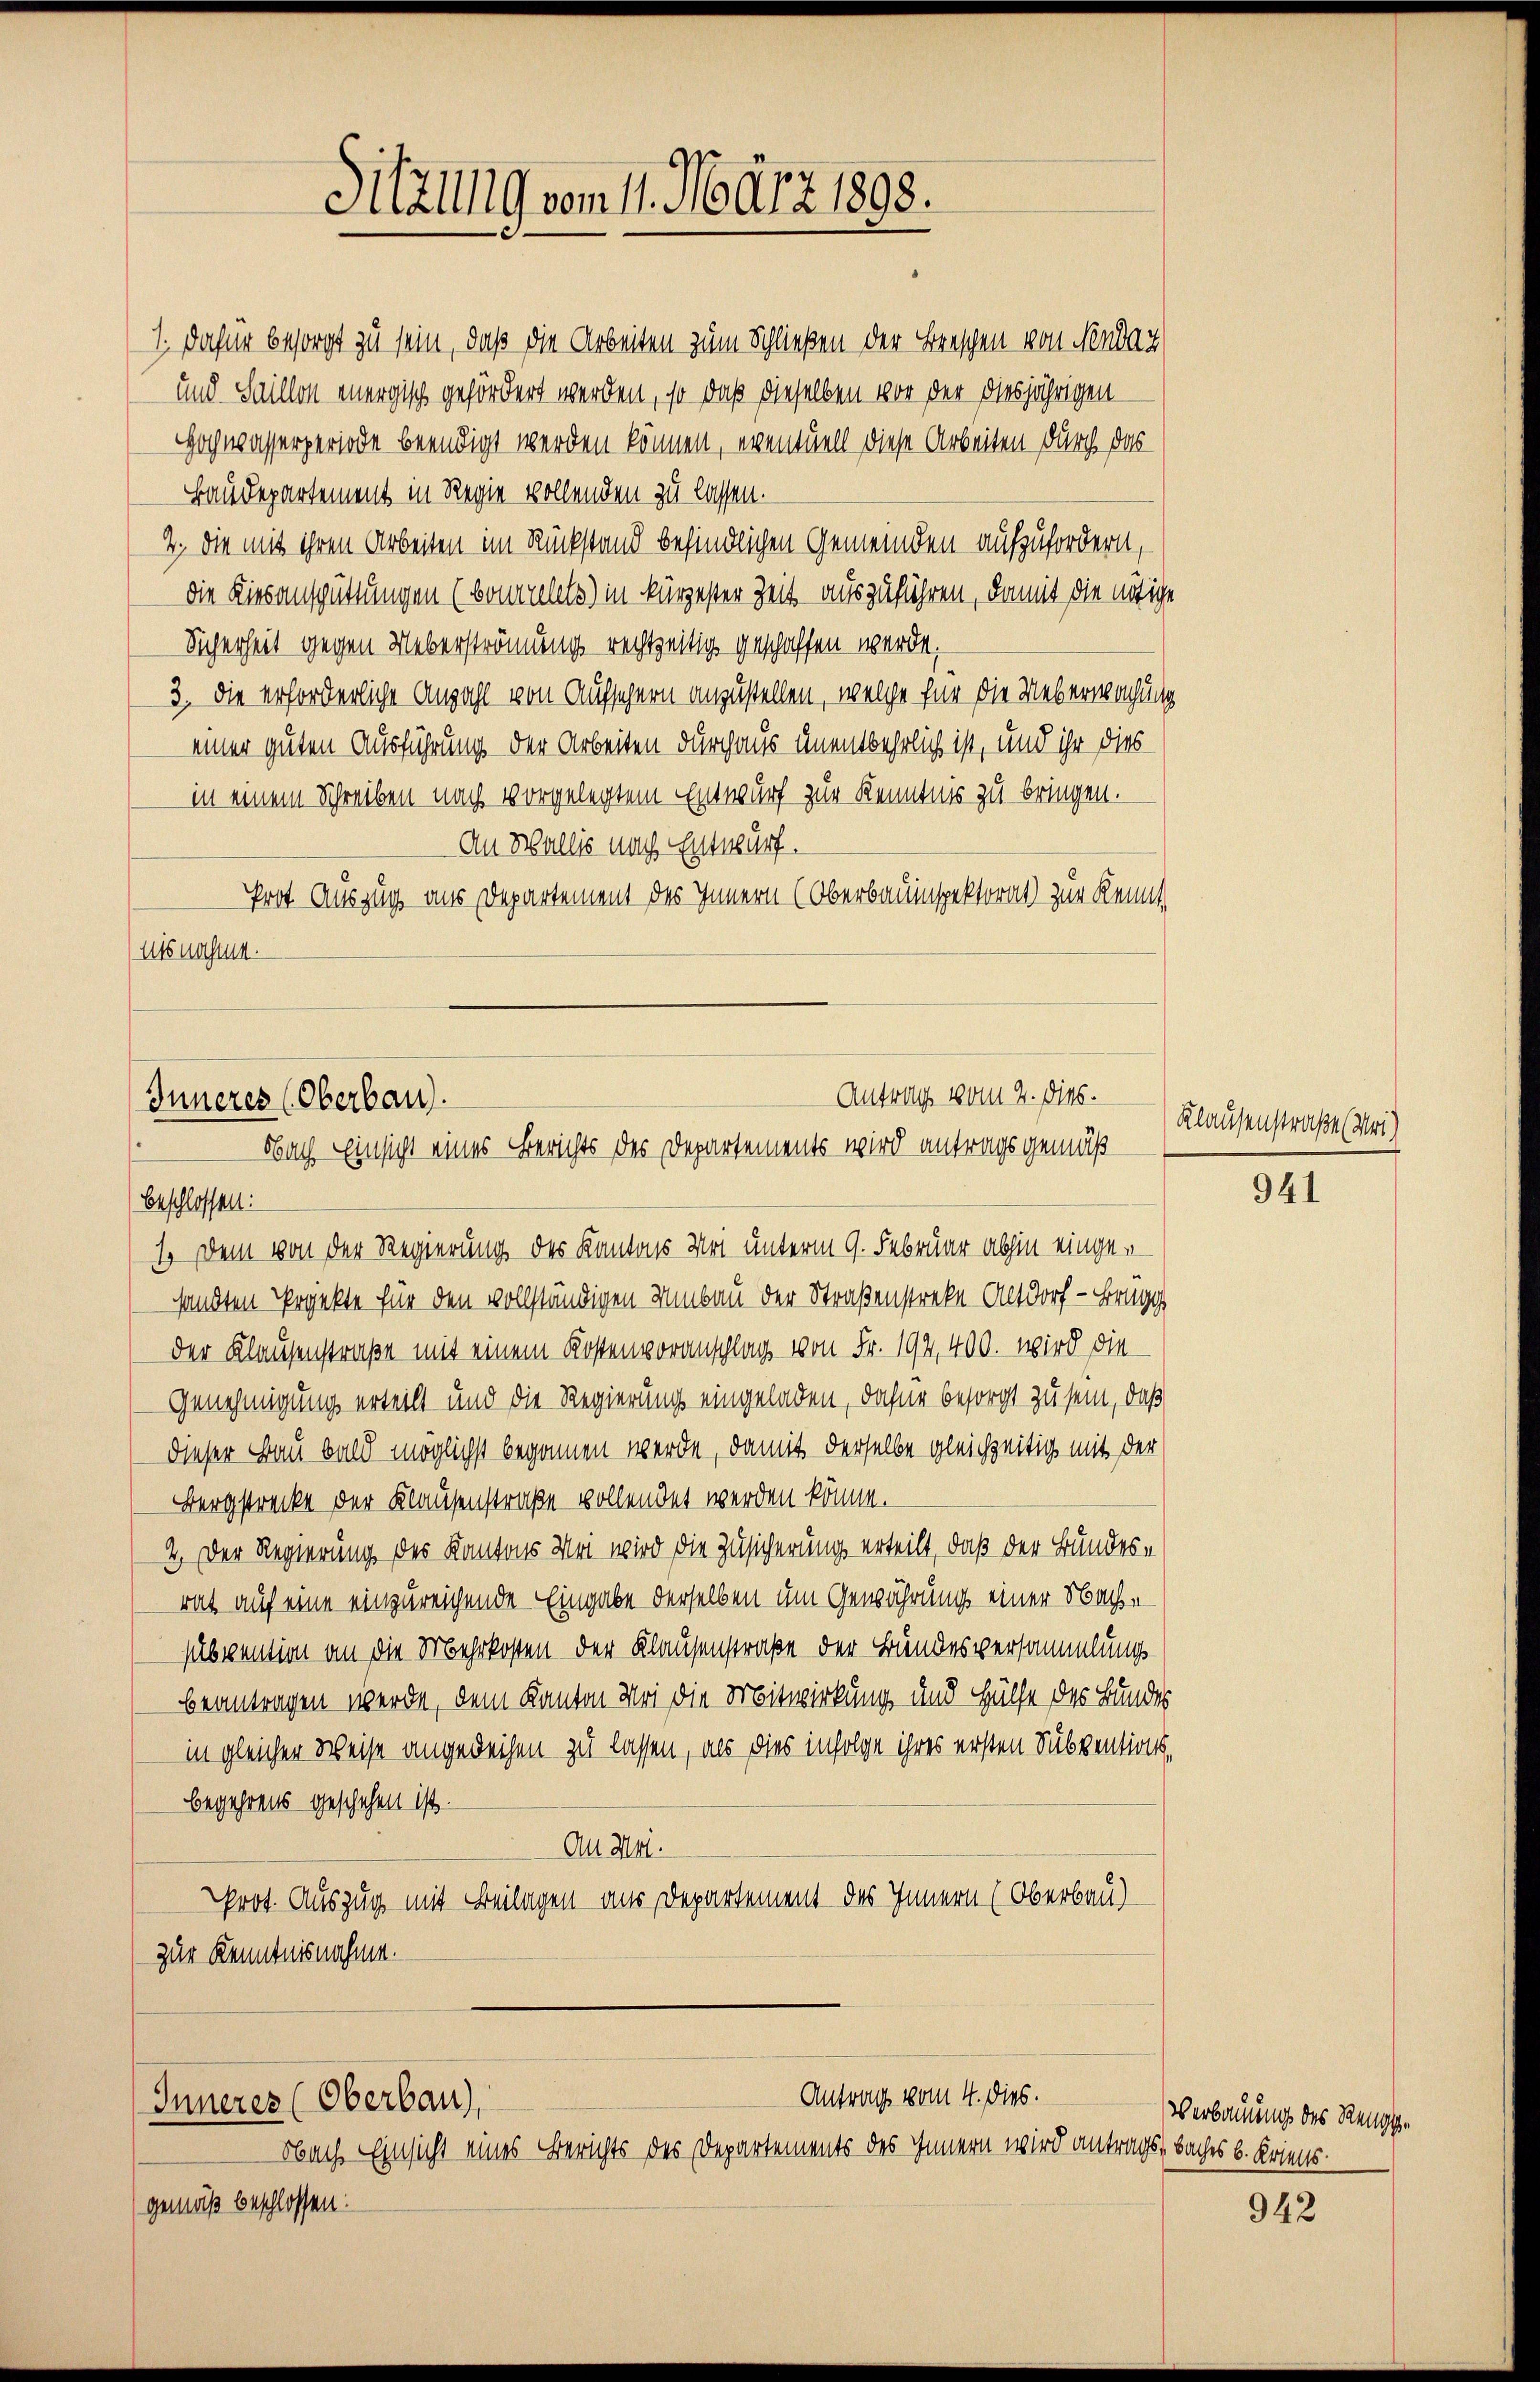
Sitzung vom 11. März 1898.

1. Daher besorgt zu sein, daß die Arbeiten zum Schließen der Breschen von Neudaz
und Faillon energisch gefördert werden, so daß dieselben vor der diesjährigen
Hochwasserperiode beendigt werden können, eventuell diese Arbeiten durch das
Baudepartement in Regie wollenden zu lassen.
2. die mit ihren Arbeiten im Rückstand befindlichen Gemeinden aufzufordern,
die Kiesanspüttungen (bonnellels) in kürzester Zeit auszuführen, damit die nötige
Sicherheit gegen Ueberströmung rechtzeitig geschaffen werde;
3. Die erforderliche Anzahl von Aufschern anzustellen, welche für die Ueberwachung
einer guten Ausführung der Arbeiten durchaus unentbehrlich ist, und ihr dies
in einem Schreiben nach vorgelegtem Entwurf zur Kenntnis zu bringen.
An Wallis nach Entwurf.
Prot Auszug aus Departement des Innern (Oberbauinspektorat) zur Kennt,
usnahmen.

Antrag vom 2. Dies.
Inneres (Oberbau).
Nach Einsicht eines Berichts des Departements wird antragsgemäß

Antrag vom 4. dies.
Inneres (Oberbau),

Obach Einsicht eines Berichts des Departements des Innern wird antrags Saches k. Kriegsgemäß beschlossen:

beschlossen:
1. Dem von der Regierung des Kantons Not unterm 9. Februar abhin einge-
sandten Projekte für den vollständigen Umbau der Straßenstreke Altdorf - Brugg
der Klausenstraße mit einem Kostenvoranschlag von Fr. 192,400. wird die
Genehmigung erteilt und die Regierung eingeladen, dahin besorgt zu sein, daß
dieser Bau bald möglichst begonnen werde, damit derselbe gleichzeitig mit der
Bergstrecke der Klausenstraße vollendet werden könne.
2.) Der Regierung des Kantons Mai wird die Zusicherung erteilt, daß der Bundes-
rat auf eine einzureichende Eingabe derselben um Gewährung einer Nach-
subvention an die Mehrkosten der Klausenstraße der Bundesversammlungs-
beantragen werde, dem Kanton Bei die Mitwirkung und Hülfe des Bundes
in gleicher Weise angedeihen zu lassen, als dies infolge ihres ersten Subventionsbegehrens geschehen ist.
Au Art.
Prot. Auszug mit Beilagen aus Departement des Innern (Oberbau)
zur Kenntnisnahme.

Klausenstraße (Vor-

941

Verbauung des Rengge

942